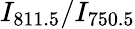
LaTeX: I_{811.5}/I_{750.5}